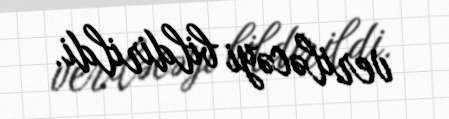
veriləcəyi bildirildi.